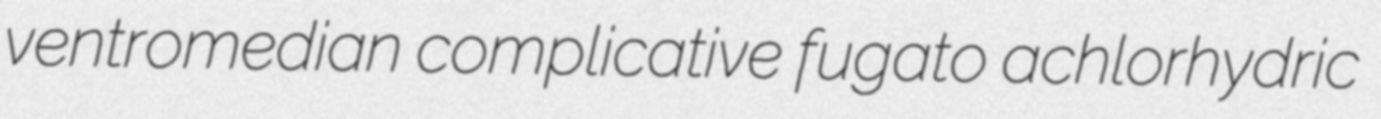
ventromedian complicative fugato achlorhydric